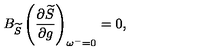
B _ { \widetilde { S } } \left( \frac { \partial \widetilde { S } } { \partial g } \right) _ { \omega ^ { - } = 0 } = 0 ,